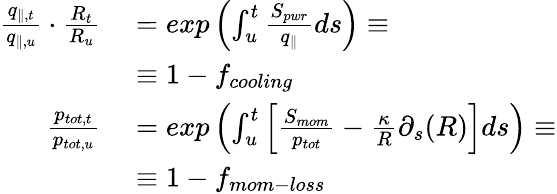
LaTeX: \begin{array}{rl}{\frac{q_{\parallel,t}}{q_{\parallel,u}}\cdot\frac{R_{t}}{R_{u}}}&{{}=exp\left(\int_{u}^{t}\frac{S_{pwr}}{q_{\parallel}}ds\right)\equiv}\\ {~}&{{}\equiv 1-f_{cooling}}\\ {\frac{p_{tot,t}}{p_{tot,u}}}&{{}=exp\left(\int_{u}^{t}\left[\frac{S_{mom}}{p_{tot}}-\frac{\kappa}{R}\partial_{s}(R)\right]ds\right)\equiv}\\ {~}&{{}\equiv 1-f_{mom-loss}}\end{array}